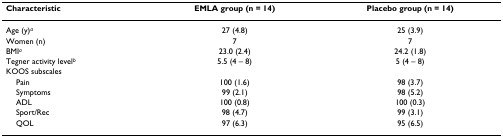
<table><thead><tr><td><b>Characteristic</b></td><td><b>EMLA group (n = 14)</b></td><td><b>Placebo group (n = 14)</b></td></tr></thead><tbody><tr><td>Age (y)<sup><i>a</i></sup></td><td>27 (4.8)</td><td>25 (3.9)</td></tr><tr><td>Women (n)</td><td>7</td><td>7</td></tr><tr><td>BMI<sup><i>a</i></sup></td><td>23.0 (2.4)</td><td>24.2 (1.8)</td></tr><tr><td>Tegner activity level<sup><i>b</i></sup></td><td>5.5 (4 – 8)</td><td>5 (4 – 8)</td></tr><tr><td>KOOS subscales</td><td></td><td></td></tr><tr><td> Pain</td><td>100 (1.6)</td><td>98 (3.7)</td></tr><tr><td> Symptoms</td><td>99 (2.1)</td><td>98 (5.2)</td></tr><tr><td> ADL</td><td>100 (0.8)</td><td>100 (0.3)</td></tr><tr><td> Sport/Rec</td><td>98 (4.7)</td><td>99 (3.1)</td></tr><tr><td> QOL</td><td>97 (6.3)</td><td>95 (6.5)</td></tr></tbody></table>